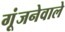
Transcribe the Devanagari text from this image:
गूंजनेवाले